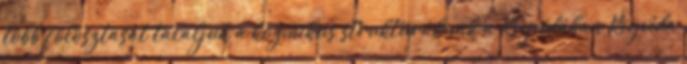
több fölosztását találjuk a kozmikus struktúráknak a Rigvédában Rigvéda